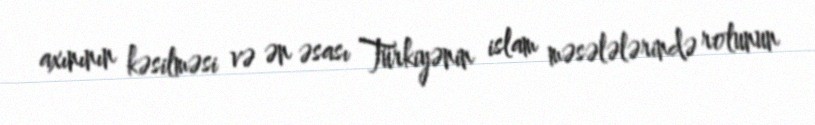
axınının kəsilməsi və ən əsası Türkiyənin islam məsələlərində rolunun